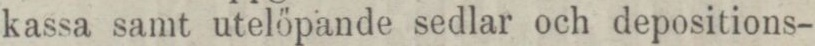
kassa samt utelöpande sedlar och depositions-